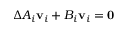
\Delta A _ { i } \mathbf { v } _ { i } + B _ { i } \mathbf { v } _ { i } = \mathbf { 0 }